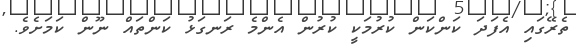
ތެރޭގައި އެފަދަ ކަންކަން ކުރުމަކީ ކުރުން އެންމެ ރަނގަޅު ކަންތައް ނޫން ކަމަށެވެ.